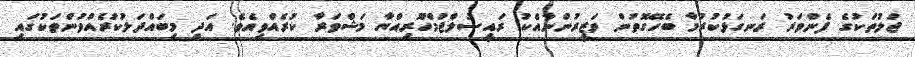
ޖަލުތަކުގެ ފެންވަރު ރަނގަޅުކުރުމާ ބެހޭގޮތުން ވަޒީރުންނާއެކު ރައީސުލްޖުމްހޫރިއްޔާ މަޝްވަރާ ކުރެއްވިއެވެ. އަދި މިބައްދަލުކުރެއްވުންތަކުގައި